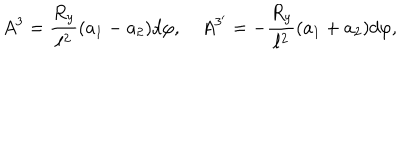
LaTeX: A ^ { 3 } = { \frac { R _ { y } } { \ell ^ { 2 } } } ( a _ { 1 } - a _ { 2 } ) d \varphi , \quad A ^ { 3 ^ { \prime } } = - { \frac { R _ { y } } { \ell ^ { 2 } } } ( a _ { 1 } + a _ { 2 } ) d \varphi ,